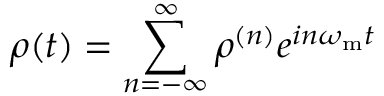
\rho ( t ) = \sum _ { n = - \infty } ^ { \infty } \rho ^ { ( n ) } e ^ { i n \omega _ { \mathrm { m } } t }